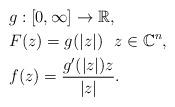
LaTeX: \begin{align*}&g: [0,\infty] \rightarrow \mathbb{R},\\&F(z) = g(|z|) \,\, \,\, z \in \mathbb{C}^n, \\& f(z) = \frac{g'(|z|)z}{|z|}. \end{align*}